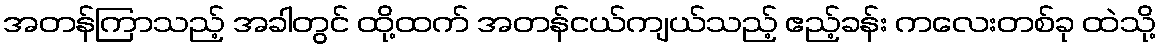
အတန်ကြာသည့် အခါတွင် ထို့ထက် အတန်ငယ်ကျယ်သည့် ဧည့်ခန်း ကလေးတစ်ခု ထဲသို့